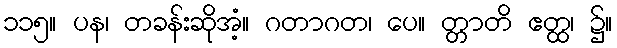
၁၁၅။ ပန၊ တခန်းဆိုအံ့။ ဂတာဂတ၊ ပေ။ တ္တာတိ ဧတ္ထ၊ ၌။